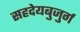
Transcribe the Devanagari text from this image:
सहदेयबुजुर्ग